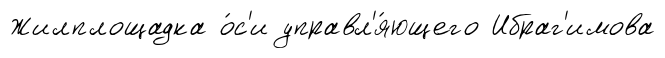
Жилплощадка о́с'и управл'я́ющего Ибраг'имова